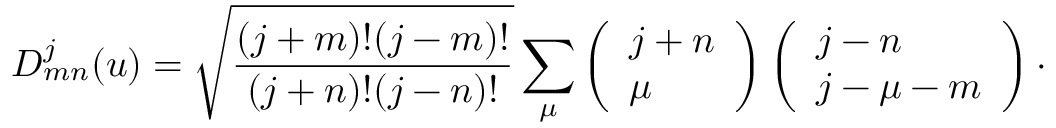
D _ { m n } ^ { j } ( u ) = \sqrt { \frac { ( j + m ) ! ( j - m ) ! } { ( j + n ) ! ( j - n ) ! } } \sum _ { \mu } \left( \begin{array} { l } { { j + n } } \\ { { \mu } } \end{array} \right) \left( \begin{array} { l } { { j - n } } \\ { { j - \mu - m } } \end{array} \right) \cdot